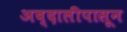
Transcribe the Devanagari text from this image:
अब्दालीपासून